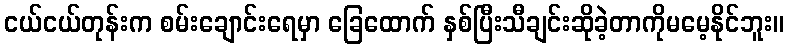
ငယ်ငယ်တုန်းက စမ်းချောင်းရေမှာ ခြေထောက် နှစ်ပြီးသီချင်းဆိုခဲ့တာကိုမမေ့နိုင်ဘူး။